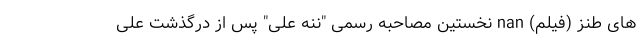
های طنز (فیلم) nan نخستین مصاحبه رسمی "ننه علی" پس از درگذشت علی